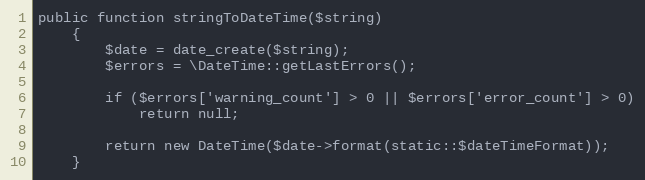
Language: PHP
public function stringToDateTime($string)
	{
		$date = date_create($string);
		$errors = \DateTime::getLastErrors();

		if ($errors['warning_count'] > 0 || $errors['error_count'] > 0)
			return null;

		return new DateTime($date->format(static::$dateTimeFormat));
	}